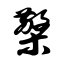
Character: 檠